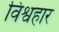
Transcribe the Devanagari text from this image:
विश्वहार